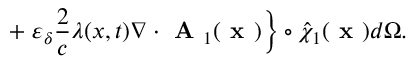
+ \left. \varepsilon _ { \delta } \frac { 2 } { c } \lambda ( x , t ) \nabla \boldsymbol { \cdot } \textbf { A } _ { 1 } ( \textbf { x } ) \right\} \circ \hat { \chi } _ { 1 } ( \textbf { x } ) d \Omega .